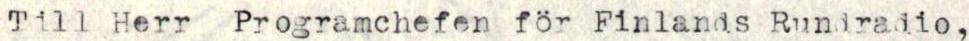
Till Herr Programchefen för Finlands Rundradio,